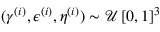
( \gamma ^ { ( i ) } , \epsilon ^ { ( i ) } , \eta ^ { ( i ) } ) \sim \mathcal { U } \left[ 0 , 1 \right] ^ { 3 }